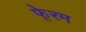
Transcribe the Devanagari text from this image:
फे्रम